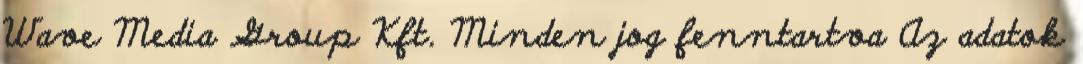
Wave Media Group Kft. Minden jog fenntartva Az adatok